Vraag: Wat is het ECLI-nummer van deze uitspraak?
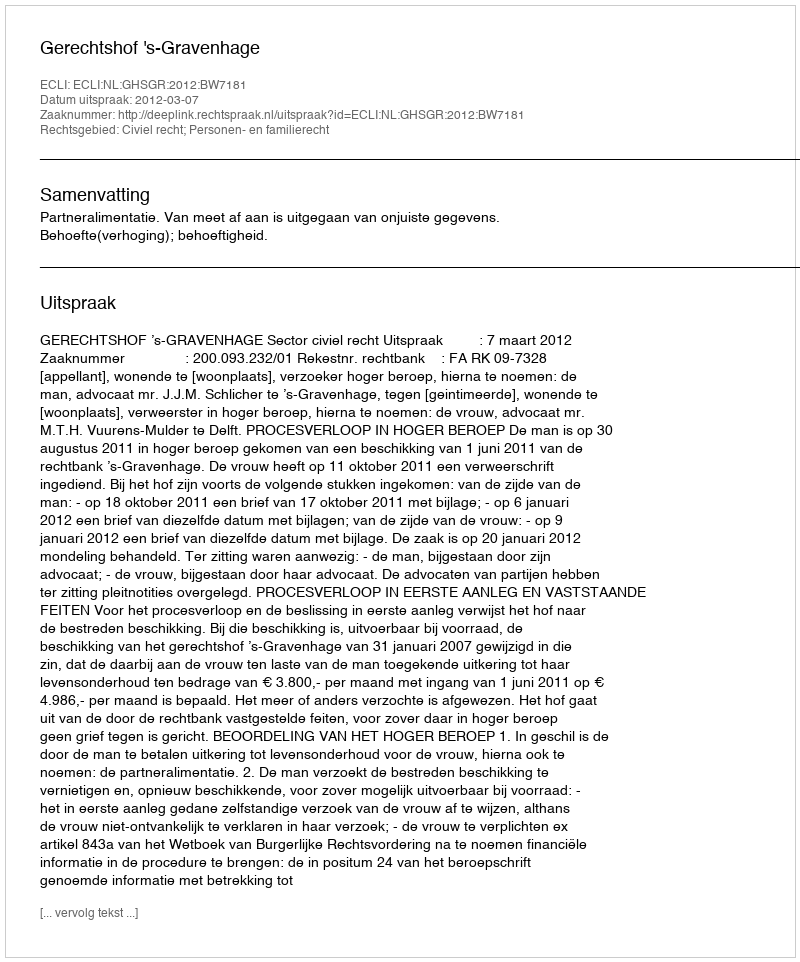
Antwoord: ECLI:NL:GHSGR:2012:BW7181